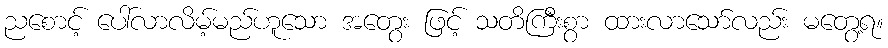
ညစောင့် ပေါ်လာလိမ့်မည်ဟူသော အတွေး ဖြင့် သတိကြီးစွာ ထားလာသော်လည်း မတွေ့ရ။